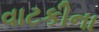
વાટકીના